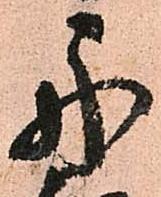
舟